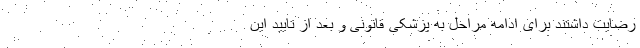
رضایت داشتند برای ادامه مراحل به پزشکی قانونی و بعد از تایید این